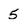
Character: 5